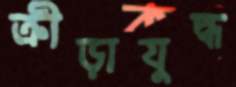
ক্রীড়াযুদ্ধ